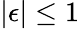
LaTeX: |\epsilon|\le 1